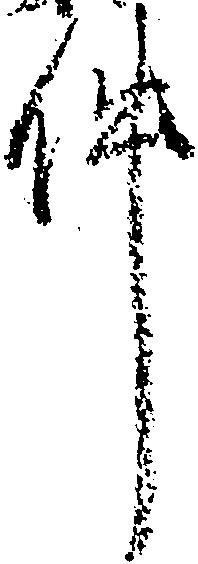
件